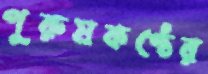
পুরুষকণ্ঠের